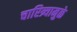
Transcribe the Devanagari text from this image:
चारित्र्यामुळे